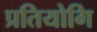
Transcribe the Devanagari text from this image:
प्रतियोगि